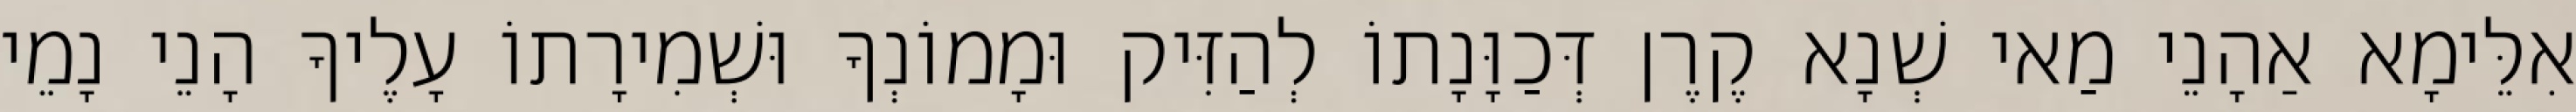
אִלֵּימָא אַהָנֵי מַאי שְׁנָא קֶרֶן דְּכַוָּנָתוֹ לְהַזִּיק וּמָמוֹנְךָ וּשְׁמִירָתוֹ עָלֶיךָ הָנֵי נָמֵי